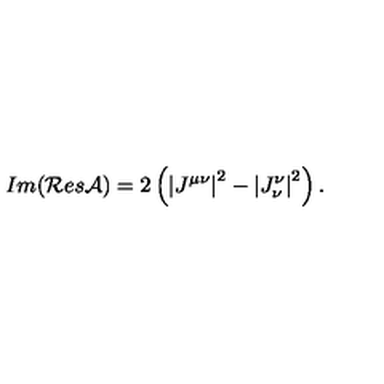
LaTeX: I m ( \mathcal { R } e s \mathcal { A } ) = 2 \left( \left| J ^ { \mu \nu } \right| ^ { 2 } - \left| J _ { \nu } ^ { \nu } \right| ^ { 2 } \right) { . }